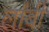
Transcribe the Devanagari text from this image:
ला॓बी